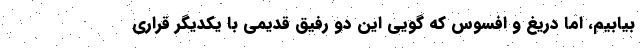
بیابیم، اما دریغ و افسوس که گویی این دو رفیق قدیمی با یکدیگر قراری